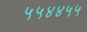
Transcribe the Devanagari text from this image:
५५४४५५